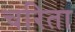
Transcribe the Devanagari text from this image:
चरिता